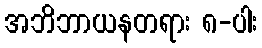
အဘိဘာယနတရား ၈-ပါး